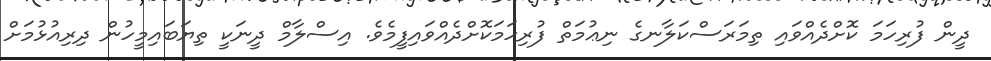
ދީން ފުރިހަމަ ކޮށްދެއްވައި ތިމަރަސްކަލާނގެ ނިޢުމަތް ފުރިހަމަކޮށްދެއްވައިފީމެވެ. އިސްލާމް ދީނަކީ ތިޔަބައިމީހުން ދިރިއުޅުމަށް